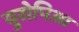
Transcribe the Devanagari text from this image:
युरोपिआ